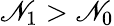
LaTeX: \mathscr{N}_{\mathrm{{1}}}>\mathscr{N}_{\mathrm{{0}}}